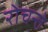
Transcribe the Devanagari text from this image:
रोचन्ते